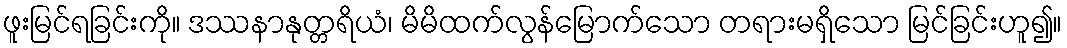
ဖူးမြင်ရခြင်းကို။ ဒဿနာနုတ္တရိယံ၊ မိမိထက်လွန်မြောက်သော တရားမရှိသော မြင်ခြင်းဟူ၍။